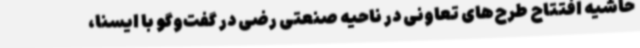
حاشیه افتتاح طرح‌های تعاونی در ناحیه صنعتی رضی در گفت‌وگو با ایسنا،